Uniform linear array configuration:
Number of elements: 24
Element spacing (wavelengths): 1
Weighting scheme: cosine
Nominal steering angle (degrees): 15
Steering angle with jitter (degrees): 16.895
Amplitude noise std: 0.05
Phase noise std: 0.05

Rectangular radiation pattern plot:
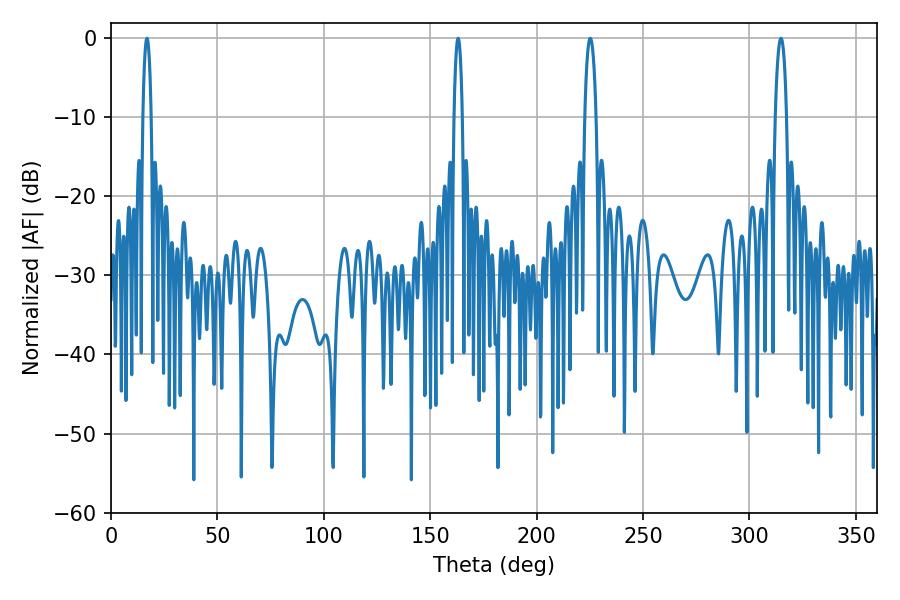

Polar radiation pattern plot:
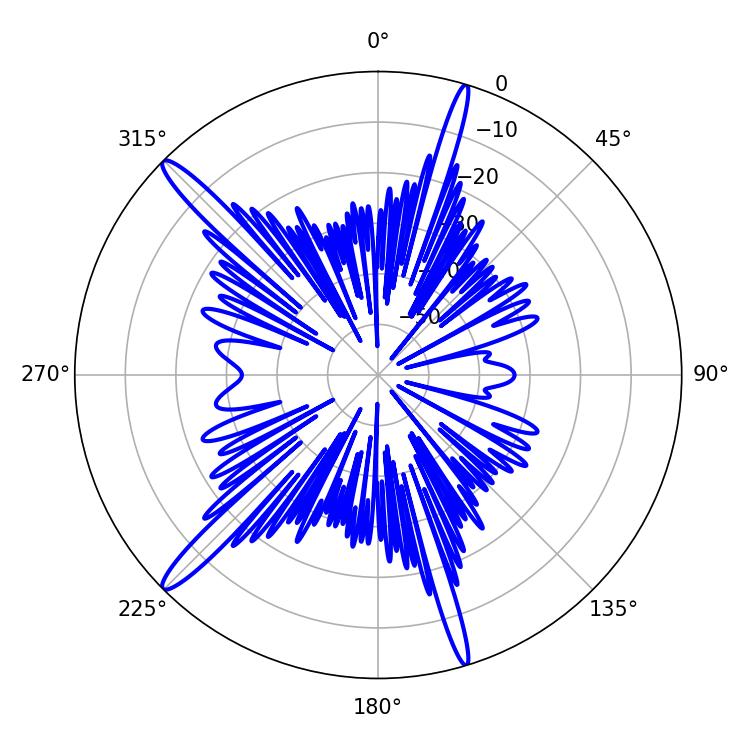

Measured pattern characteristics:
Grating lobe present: TRUE
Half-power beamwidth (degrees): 2.88
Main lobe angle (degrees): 225.18